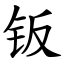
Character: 钣